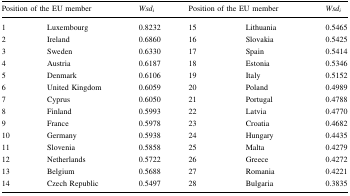
<table><thead><tr><td colspan="2"><b>Position of the EU member</b></td><td><b><i>Wsd</i><sub><i>i</i></sub></b></td><td colspan="2"><b>Position of the EU member</b></td><td><b><i>Wsd</i><sub><i>i</i></sub></b></td></tr></thead><tbody><tr><td>1</td><td>Luxembourg</td><td>0.8232</td><td>15</td><td>Lithuania</td><td>0.5465</td></tr><tr><td>2</td><td>Ireland</td><td>0.6860</td><td>16</td><td>Slovakia</td><td>0.5425</td></tr><tr><td>3</td><td>Sweden</td><td>0.6330</td><td>17</td><td>Spain</td><td>0.5414</td></tr><tr><td>4</td><td>Austria</td><td>0.6187</td><td>18</td><td>Estonia</td><td>0.5346</td></tr><tr><td>5</td><td>Denmark</td><td>0.6106</td><td>19</td><td>Italy</td><td>0.5152</td></tr><tr><td>6</td><td>United Kingdom</td><td>0.6059</td><td>20</td><td>Poland</td><td>0.4989</td></tr><tr><td>7</td><td>Cyprus</td><td>0.6050</td><td>21</td><td>Portugal</td><td>0.4788</td></tr><tr><td>8</td><td>Finland</td><td>0.5993</td><td>22</td><td>Latvia</td><td>0.4770</td></tr><tr><td>9</td><td>France</td><td>0.5978</td><td>23</td><td>Croatia</td><td>0.4682</td></tr><tr><td>10</td><td>Germany</td><td>0.5938</td><td>24</td><td>Hungary</td><td>0.4435</td></tr><tr><td>11</td><td>Slovenia</td><td>0.5858</td><td>25</td><td>Malta</td><td>0.4279</td></tr><tr><td>12</td><td>Netherlands</td><td>0.5722</td><td>26</td><td>Greece</td><td>0.4272</td></tr><tr><td>13</td><td>Belgium</td><td>0.5688</td><td>27</td><td>Romania</td><td>0.4221</td></tr><tr><td>14</td><td>Czech Republic</td><td>0.5497</td><td>28</td><td>Bulgaria</td><td>0.3835</td></tr></tbody></table>